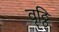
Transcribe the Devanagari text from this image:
वृठ्ठि